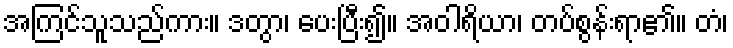
အကြင်သူသည်ကား။ ဒတွာ၊ ပေးပြီး၍။ အဝါရိယာ၊ တပ်စွန်းရာ၏။ တံ၊